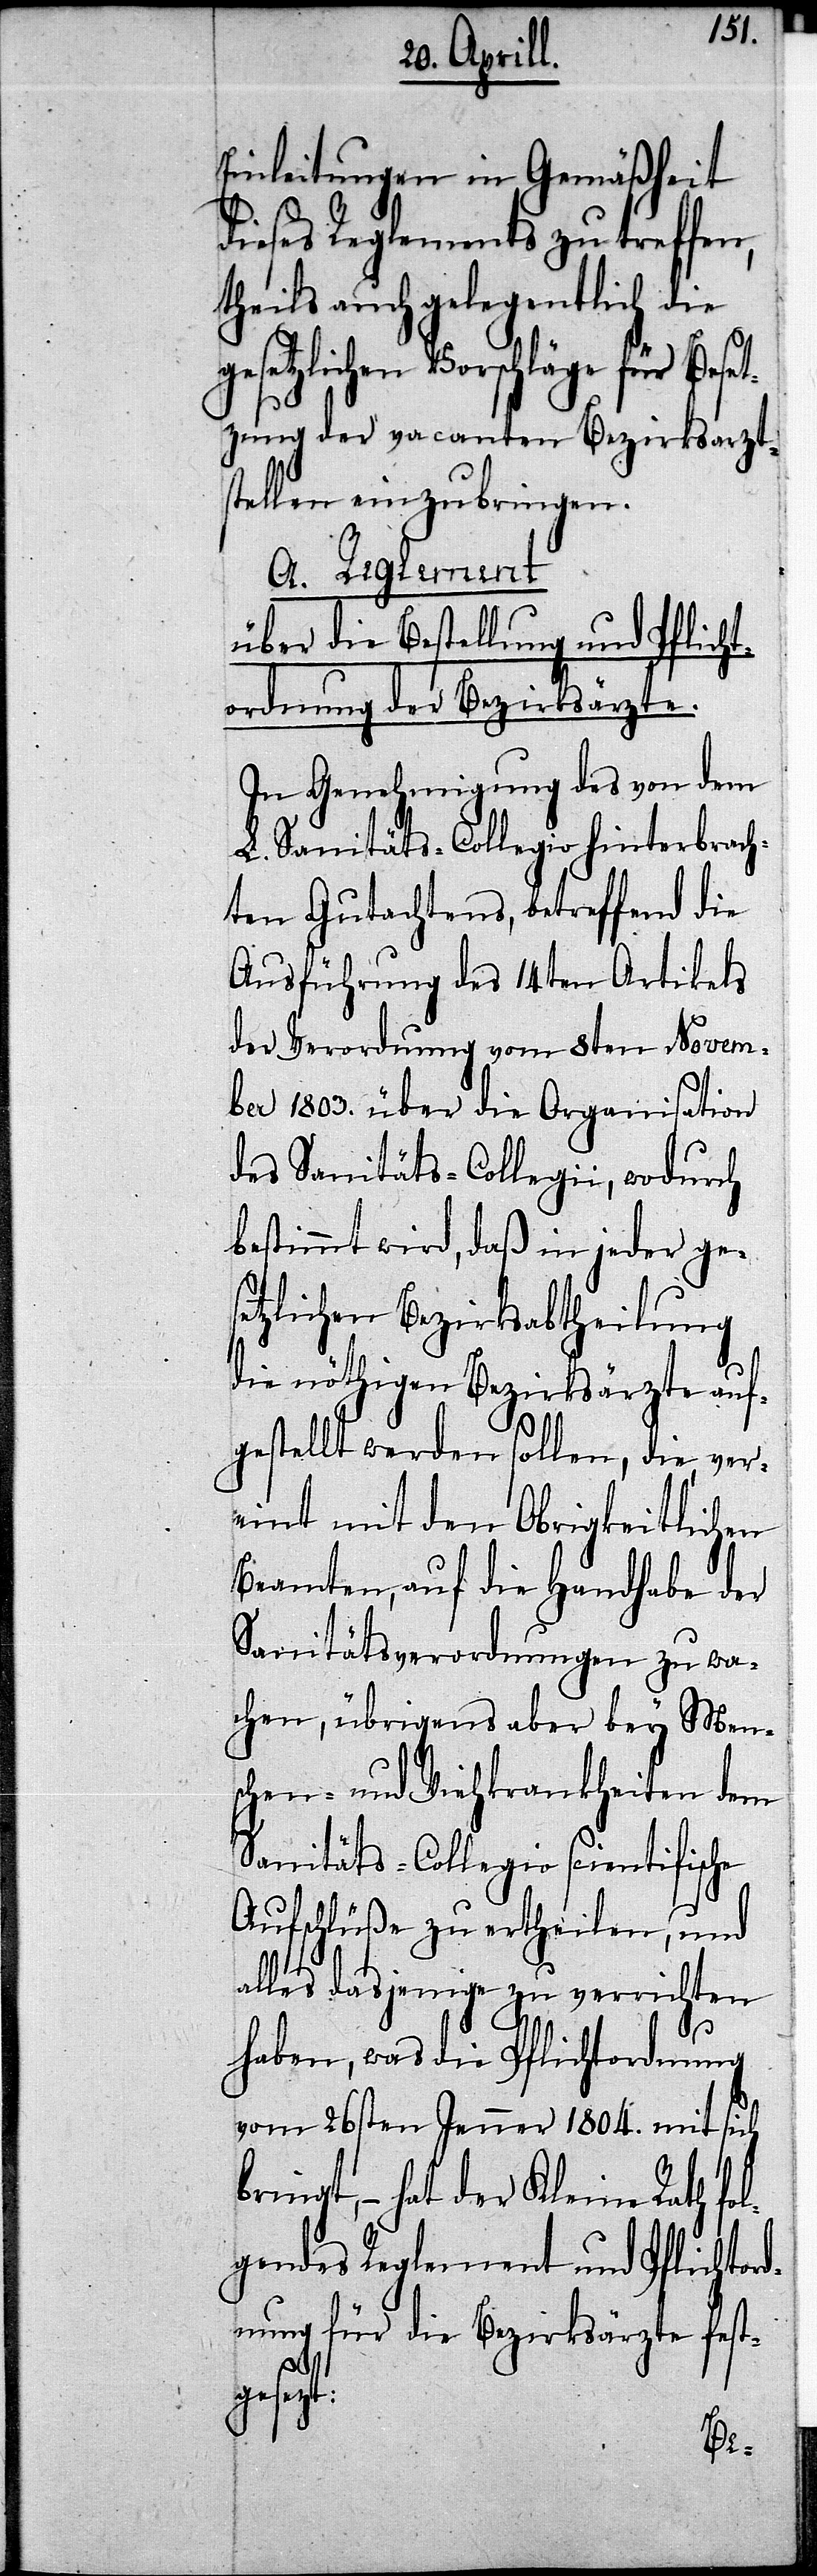
Einleitungen in Gemäßheit
dieses Reglements zu treffen,
theils auch gelegentlich die
etzlichen Vorschläge für
zung der vacanten Bezirksarzts¬
tellen einzubringen.
A. Reglement
über die Bestellung und Pflicht¬
ordnung der Bezirksärzte.
In Genehmigung des von dem
L. Sanitäts-Collegio hinterbrach¬
ten Gutachtens, betreffend die
Ausführung des 14ten Artikels
der Verordnung vom 8ten Novem¬
ber 1803. über die Organisation
des Sanitäts-Collegii, wodurch
bestimmt wird, daß in jeder ges¬
etzlichen Bezirksabtheilung
die nöthigen Bezirksärzte auf¬
gestellt werden sollen, die, ver¬
eint mit den Obrigkeitlichen
Beamten, auf die Handhabe der
Sanitätsverordnungen zu wa¬
chen, übrigens aber bey Men¬
schen- und Viehkrankheiten dem
Sanitäts-Collegio scientifische
Aufschlüße zu ertheilen, und
alles dasjenige zu verrichten
haben, was die Pflichtordnung
vom 26sten Jenner 1804. mit sich
bringt,– hat der Kleine Rath fol¬
gendes Reglement und Pflichtor¬
dnung für die Bezirksärzte festg¬
esezt: